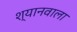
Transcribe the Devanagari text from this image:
श्यानवाला